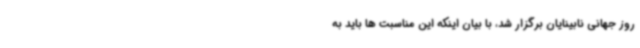
روز جهانی نابینایان برگزار شد، با بیان اینکه این مناسبت ها باید به